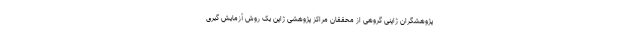
پژوهشگران ژاپنی گروهی از محققان مراکز پژوهشی ژاپن یک روش آزمایش گیری